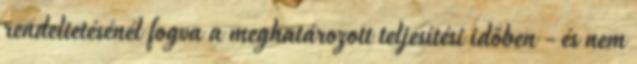
rendeltetésénél fogva a meghatározott teljesítési időben - és nem